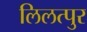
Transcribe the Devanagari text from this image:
लिलत्पुर